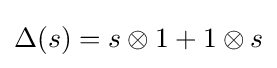
\Delta (s)=s\otimes 1+1\otimes s